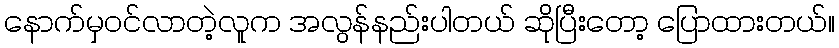
နောက်မှဝင်လာတဲ့လူက အလွန်နည်းပါတယ် ဆိုပြီးတော့ ပြောထားတယ်။